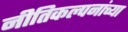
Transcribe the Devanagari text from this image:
नीतिकल्पनांच्या